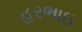
હરભાઇ